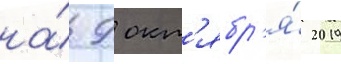
на́ 9 окт'ябр'я́ 2019